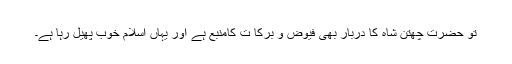
تو حضرت چھتن شاہ کا دربار بھی فیوض و برکا ت کامنبع ہے اور یہاں اسلام خوب پھیل رہا ہے۔